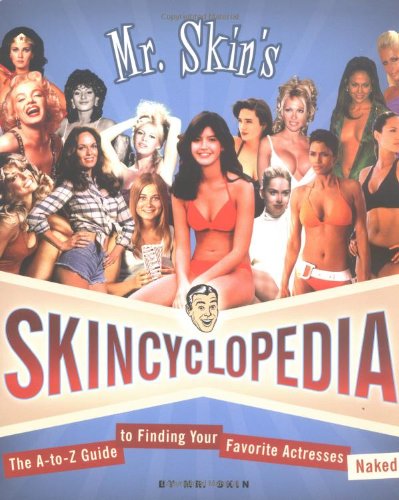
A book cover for Mr. Skin's Skincyclopedia: The A-to-Z Guide to Finding Your Favorite Actresses Naked; Mr. Skin; Humor & Entertainment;